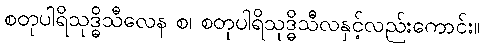
စတုပါရိသုဒ္ဓိသီလေန စ၊ စတုပါရိသုဒ္ဓိသီလနှင့်လည်းကောင်း။